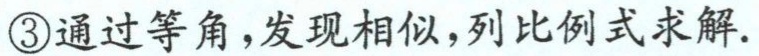
\textcircled{3}通过等角，发现相似，列比例式求解.